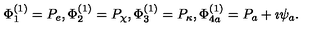
\Phi _ { 1 } ^ { ( 1 ) } = P _ { e } , \Phi _ { 2 } ^ { ( 1 ) } = P _ { \chi } , \Phi _ { 3 } ^ { ( 1 ) } = P _ { \kappa } , \Phi _ { 4 a } ^ { ( 1 ) } = P _ { a } + \imath \psi _ { a } .